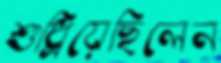
শুধ্‌রিয়েছিলেন